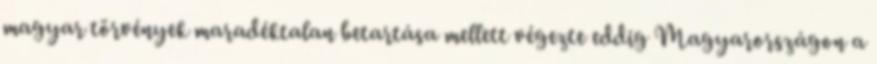
magyar törvények maradéktalan betartása mellett végezte eddig Magyarországon a